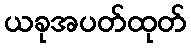
ယခုအပတ်ထုတ်